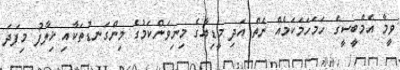
ވީމާ އެމްބީސީގެ ހަމަހަމަކަމެއް ނެތް އަދި މީޑިއާގެ މިނިވަންކަމުގެ މިންގަނޑުތަކާއި ޚިލާފު މިފަދަ